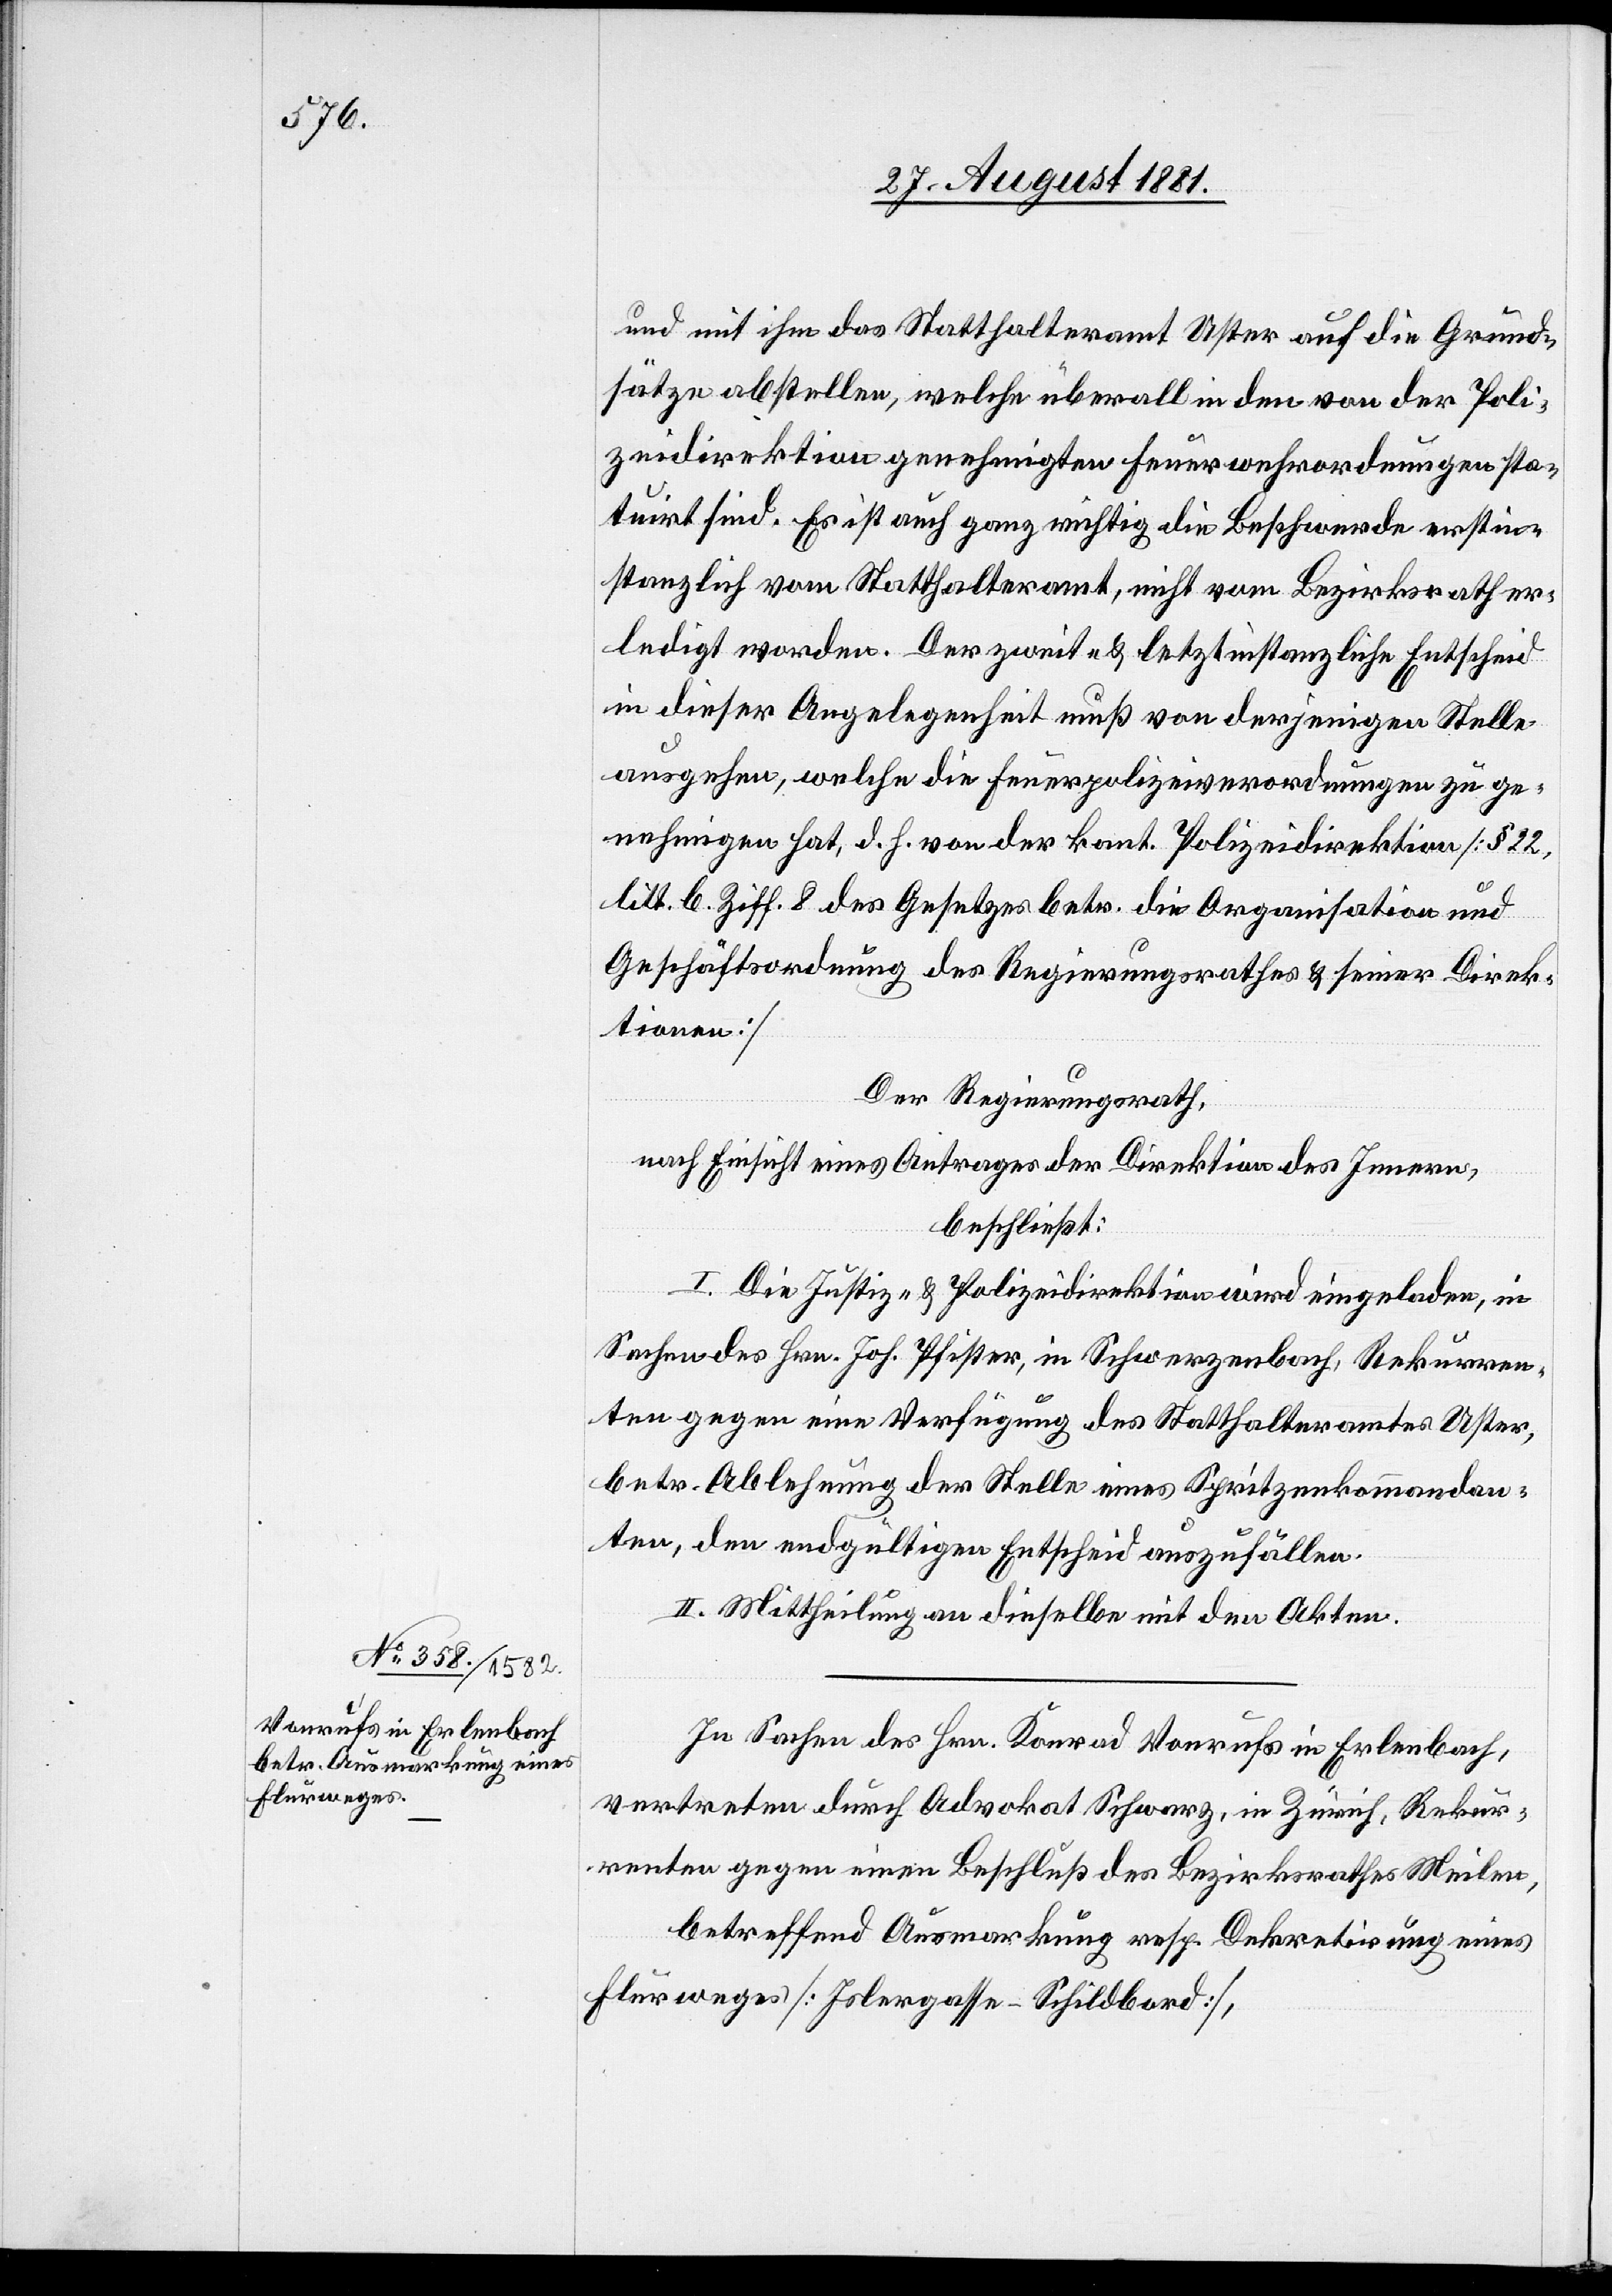
und mit ihm das Statthalteramt Uster auf die Grund¬
sätze abstellen, welche überall in den von der Poli¬
zeidirektion genehmigten Feuerwehrordnungen sta¬
tuirt sind. Es ist auch ganz richtig die Beschwerde erstin¬
stanzlich vom Statthalteramt, nicht vom Bezirksrath er¬
ledigt worden. Der zweit- & letztinstanzliche Entscheid
in dieser Angelegenheit muß von derjenigen Stelle
ausgehen, welche die Feuerpolizeiverordnungen zu ge¬
nehmigen hat, d. h. von der kant. Polizeidirektion [§ 22,
litt. b. Ziff. 8 des Gesetzes betr. die Organisation und
Geschäftsordnung des Regierungsrathes & seiner Direk¬
tionen]
Der Regierungsrath,
nach Einsicht eines Antrages der Direktion des Innern,
beschließt:
I. Die Justiz- & Polizeidirektion wird eingeladen, in
Sachen des Hrn. Joh. Pfister, in Schwarzenbach, Rekurren¬
ten gegen eine Verfügung des Statthalteramtes Uster,
betr. Ablehnung der Stelle eines Spritzenkommandan¬
ten, den endgültigen Entscheid auszufällen.
II. Mittheilung an dieselbe mit den Akten.
In Sachen des Hrn. Konrad Vonrufs in Erlenbach,
vertreten durch Advokat Schwarz, in Zürich, Rekur¬
renten gegen einen Beschluß des Bezirksrathes Meilen,
betreffend Ausmarkung resp. Dekretirung eines
Flurweges [Islergasse–Schildbord],